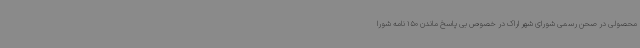
محصولی در صحن رسمی شورای شهر اراک در خصوص بی پاسخ ماندن 150 نامه شورا